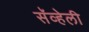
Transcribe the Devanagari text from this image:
सॅव्हेली